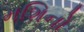
મશિનો